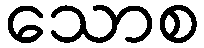
သောစ